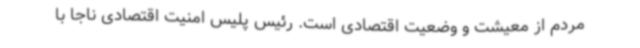
مردم از معیشت و وضعیت اقتصادی است. رئیس پلیس امنیت اقتصادی ناجا با